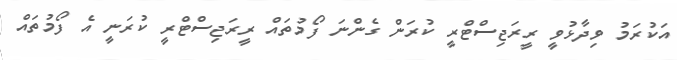
އަކުރަމު ވިދާޅުވީ ރީރަޖިސްޓްރީ ކުރަން ގެންނަ ފޯމުތައް ރީރަޖިސްޓްރީ ކުރަނީ އެ ފޯމުތައް